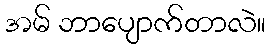
အမ် ဘာပျောက်တာလဲ။